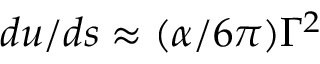
d u / d s \approx ( \alpha / 6 \pi ) \Gamma ^ { 2 }